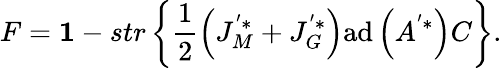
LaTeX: F={{\mathbf 1}}-str\left\{ \frac{1}{2}\left(J_{M}^{'*}+J_{G}^{'*}\right)\mathrm{ad}\left(A^{'*}\right)C\right\} .